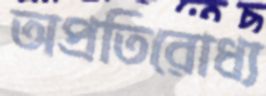
অপ্রতিরোধ্য